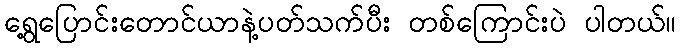
ရွေ့ပြောင်းတောင်ယာနဲ့ပတ်သက်ပီး တစ်ကြောင်းပဲ ပါတယ်။